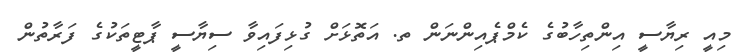
މިއީ ރިޔާސީ އިންތިހާބުގެ ކެމްޕެއިންނަން ތ. އަތޮޅަށް ގުޅިފައިވާ ސިޔާސީ ޕާޓީތަކުގެ ފަރާތުން